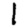
Digit: 1